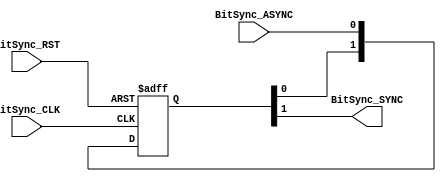
// TYPE: module
// DEPARTMENT: communication and electronics department
// AUTHOR EMAIL: mina.hannaone@gmail.com
//------------------------------------------------
// Release history
// VERSION DATE AUTHOR DESCRIPTION
// 1.0 19/7/2022 Mina Hanna final version
//------------------------------------------------
// KEYWORDS:  multi clock system, clock domain crossing,crc , synchronizer
//------------------------------------------------
// PURPOSE:\this is a Parameterized synchronizer\
module BIT_SYNC #(parameter STAGES = 2,parameter WIDTH = 1) (
  input    wire    [WIDTH-1:0]    BitSync_ASYNC,
  input    wire                   BitSync_CLK,
  input    wire                   BitSync_RST,
  output   reg     [WIDTH-1:0]    BitSync_SYNC);
  
  reg    [STAGES-1:0]    FFSTAGES    [WIDTH-1:0];
  integer                i;
  
  //////////////////synchronizer logic/////////////////
  always@(posedge BitSync_CLK or negedge BitSync_RST)
  begin
    if(!BitSync_RST)
      begin
        for(i=0;i<WIDTH;i=i+1)
        begin
         FFSTAGES[i] <= 'b0;
        end
      end
    else
      for(i=0;i<WIDTH;i=i+1)
      begin
         FFSTAGES[i] <= {FFSTAGES[i][STAGES-2:0],BitSync_ASYNC};
      end
  end
  
  always@(*)
  begin
    for(i=0;i<WIDTH;i=i+1)
    begin
      BitSync_SYNC[i] = FFSTAGES[i][STAGES-1];
    end
  end 
endmodule